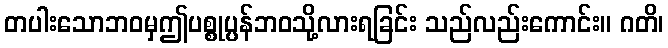
တပါးသောဘဝမှဤပစ္စုပ္ပန်ဘဝသို့လားရခြင်း သည်လည်းကောင်း။ ဂတိ၊